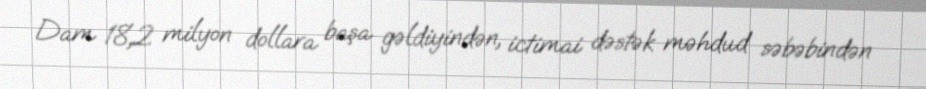
Dam 18,2 milyon dollara başa gəldiyindən, ictimai dəstək məhdud səbəbindən